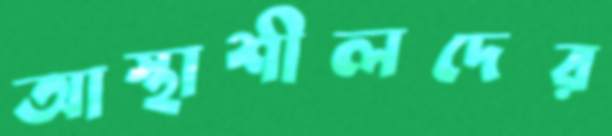
আস্থাশীলদের